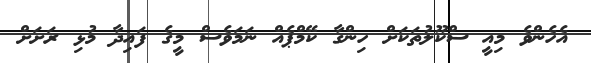
އެހެންވެ މިއީ ސްކޫލުތަކަށް ހިންގާ ކޭމްޕެއް ނަމަވެސް މީގެ ފައިދާ މުޅި ރަށަށް